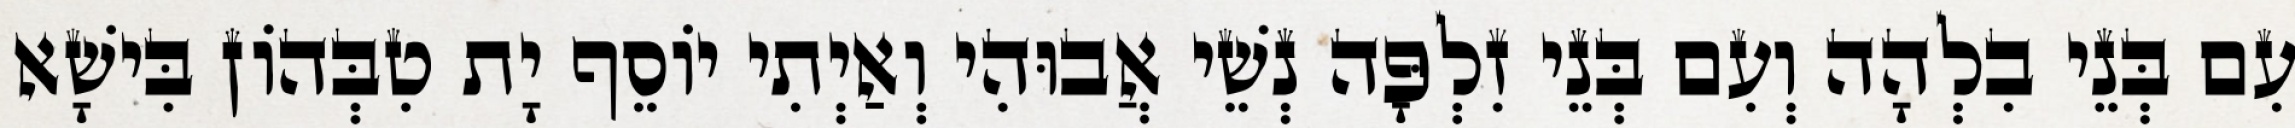
עִם בְּנֵי בִלְהָה וְעִם בְּנֵי זִלְפָּה נְשֵׁי אֲבוּהִי וְאַיְתִי יוֹסֵף יָת טִבְּהוֹן בִּישָׁא